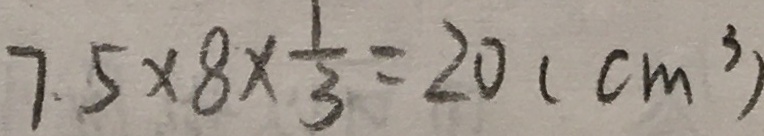
7 . 5 \times 8 \times \frac { 1 } { 3 } = 2 0 ( c m ^ { 3 } )